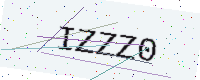
Text: IZZZ0